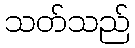
သတ်သည်